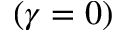
( \gamma = 0 )